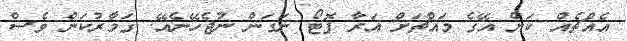
އެއްޗެއް ކަން އޭގެ މައްޗަށް އަރާ ފޮޓޯ ނަގަން ނުޖެހޭނެއޭ. ގަމާރުކަން ވެސް